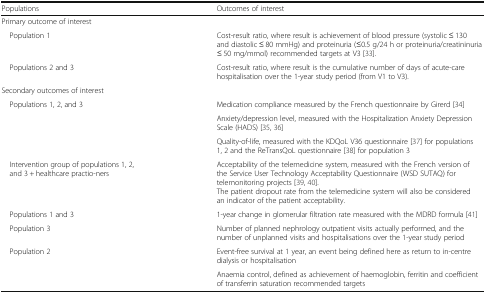
| Populations | Outcomes of interest |
 | --- | --- |
 | <COLSPAN=2> Primary outcome of interest |
 | Population 1 | Cost-result ratio, where result is achievement of blood pressure (systolic ≤ 130 and diastolic ≤ 80 mmHg) and proteinuria (≤0.5 g/24 h or proteinuria/creatininuria ≤ 50 mg/mmol) recommended targets at V3 [33]. |
 | Populations 2 and 3 | Cost-result ratio, where result is the cumulative number of days of acute-care hospitalisation over the 1-year study period (from V1 to V3). |
 | <COLSPAN=2> Secondary outcomes of interest |
 | <ROWSPAN=3> Populations 1, 2, and 3 | Medication compliance measured by the French questionnaire by Girerd [34] |
 | Anxiety/depression level, measured with the Hospitalization Anxiety Depression Scale (HADS) [35, 36] |
 | Quality-of-life, measured with the KDQoL V36 questionnaire [37] for populations 1, 2 and the ReTransQoL questionnaire [38] for population 3 |
 | Intervention group of populations 1, 2, and 3 + healthcare practio-ners | Acceptability of the telemedicine system, measured with the French version of the Service User Technology Acceptability Questionnaire (WSD SUTAQ) for telemonitoring projects [39, 40].The patient dropout rate from the telemedicine system will also be considered an indicator of the patient acceptability. |
 | Populations 1 and 3 | 1-year change in glomerular filtration rate measured with the MDRD formula [41] |
 | Population 3 | Number of planned nephrology outpatient visits actually performed, and the number of unplanned visits and hospitalisations over the 1-year study period |
 | Population 2 | Event-free survival at 1 year, an event being defined here as return to in-centre dialysis or hospitalisation |
 |  | Anaemia control, defined as achievement of haemoglobin, ferritin and coefficient of transferrin saturation recommended targets |